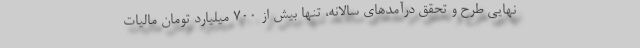
نهایی طرح و تحقق درآمدهای سالانه، تنها بیش از 700 میلیارد تومان مالیات